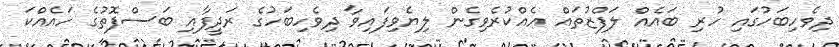
ދިވެހިބަހުގައި ހުރި ބައެއް ލަފްޒުތައް އެއްކުރެވިގެން ލިޔެވިފައިވާ ދިވެހިބަހުގެ ރަދީފާއި ބަސްފޮތުގެ ހައެއްކަ